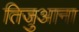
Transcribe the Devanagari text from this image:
तिजुआना